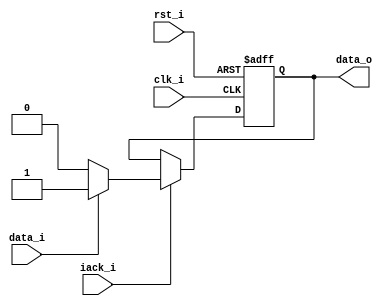
module lsm_fsm(
        rst_i,
	    clk_i,
		iack_i,
		data_i,
	    data_o
	);

input    rst_i;
input    clk_i;
input    data_i;
input    iack_i;
output   data_o;
reg      data_o;

	  
always @(posedge clk_i or negedge  rst_i) begin
	 if( rst_i == 0)begin
	   data_o <= 0;
	 end
     else begin
	   if(iack_i)begin
	    if(data_i) data_o <= 1;
		else data_o <= 0;
	   end
	   
	end
end

endmodule